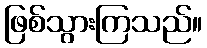
ဖြစ်သွားကြသည်။